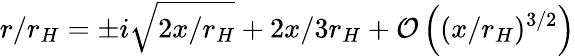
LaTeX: r/r_{H}=\pm i\sqrt{2x/r_{H}}+2x/3r_{H}+{\mathcal O}\left((x/r_{H})^{3/2}\right)